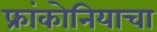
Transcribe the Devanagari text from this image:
फ्रांकोनियाचा